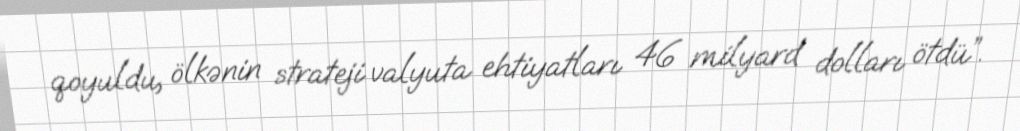
qoyuldu, ölkənin strateji valyuta ehtiyatları 46 milyard dolları ötdü”.